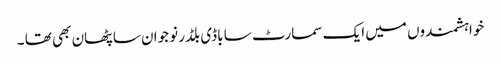
خواہشمندوں میں ایک سمارٹ سا باڈی بلڈر نوجوان سا پٹھان بھی تھا ۔